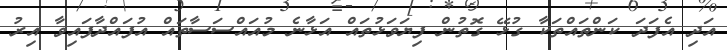
އަދި އެފަދަ ކަންތައްތަކާ ގުޅޭ ގޮތުން ފިޔަވަޅުތައް އަޅާނެ މުއައްސަސާތައް އުފައްދާފައިވާ އިރު